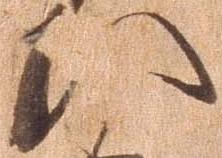
い